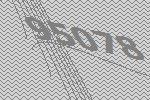
95078